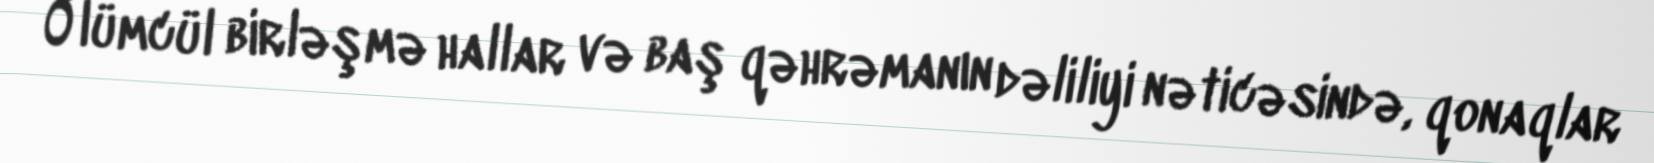
Ölümcül birləşmə hallar və baş qəhrəmanın dəliliyi nəticəsində, qonaqlar